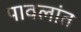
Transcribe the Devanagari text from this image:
पावलांत